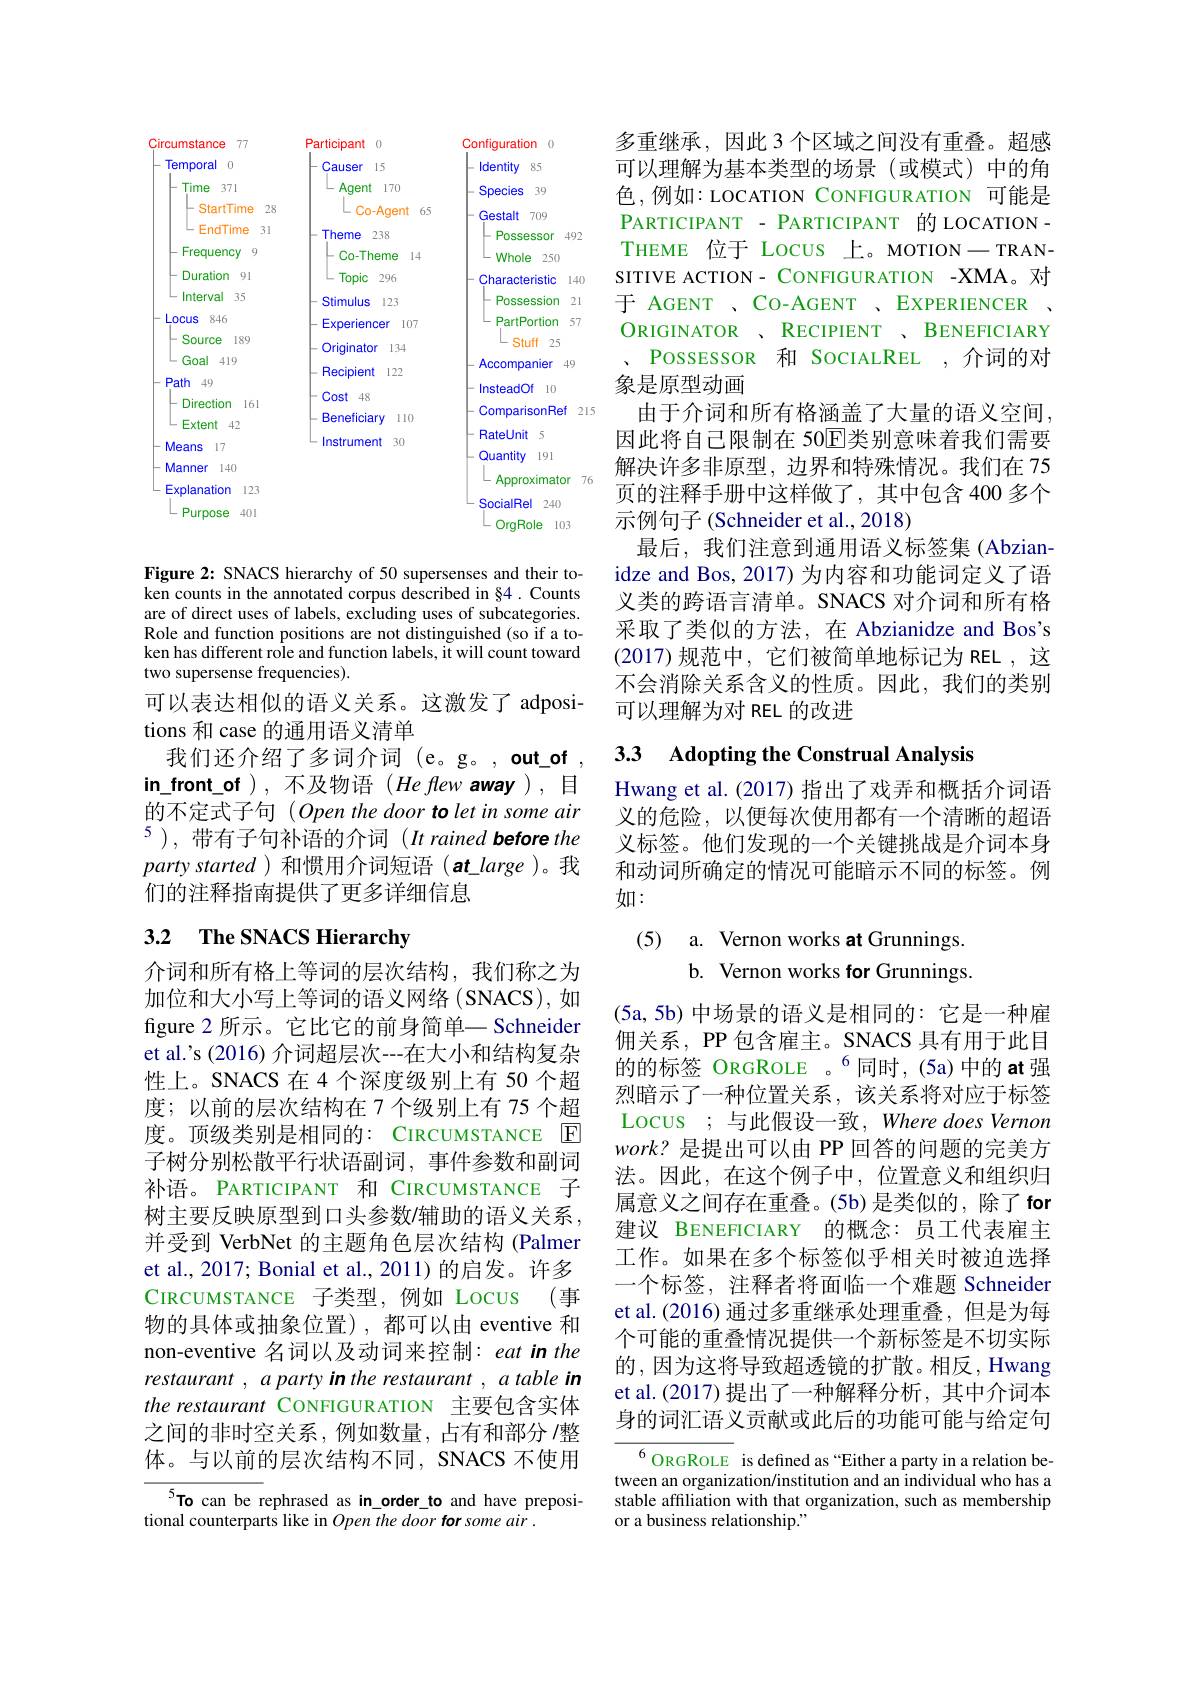
<FigureHere>

Figure 2: SNACS hierarchy of 50 supersenses and their token counts in the annotated corpus described in §4 . Counts are of direct uses of labels, excluding uses of subcategories. Role and function positions are not distinguished (so if a token has different role and function labels, it will count toward two supersense frequencies).
可以表达相似的语义关系。这激发了 adposi-
tions 和 case 的通用语义清单
我们还介绍了多词介词 (e。g。,out\_of , in\_front\_of ),不及物语(He flew away),目的不定式子句 (Open the door to let in some air $^{5})$,带有子句补语的介词(It rained before the partystarted )和惯用介词短语$(at\_large$ )。我们的注释指南提供了更多详细信息

# 3.2 The SNACS Hierarchy

介词和所有格上等词的层次结构，我们称之为加位和大小写上等词的语义网络(SNACS),如figure 2 所示。它比它的前身简单一 Schneider et al.'s (2016) 介词超层次---在大小和结构复杂性上。SNACS 在4个深度级别上有 50 个超度；以前的层次结构在 7 个级别上有 75 个超度。顶级类别是相同的：CIRCUMSTANCE E 子树分别松散平行状语副词，事件参数和副词补语。PARTICIPANT 和 CIRCUMSTANCE 子树主要反映原型到口头参数/辅助的语义关系并受到 VerbNet 的主题角色层次结构 (Palmer et al., 2017; Bonial et al., 2011) 的启发。许多CIRCUMSTANCE 子类型，例如 Locus (事物的具体或抽象位置),都可以由 eventive 和non-eventive 名词以及动词来控制：eat in the restaurant , a party in the restaurant , a table in the restaurant CONFIGURATION 主要包含实体之间的非时空关系，例如数量，占有和部分 /整体。与以前的层次结构不同，SNACS 不使用

$^{5}$To can be rephrased as in\_order\_to and have preposi-
tional counterparts like in Open the door for some air .

多重继承，因此 3 个区域之间没有重叠。超感可以理解为基本类型的场景(或模式)中的角色，例如：LOCATION CONFIGURATION 可能是PARTICIPANT - PARTICIPANT 的 LOCATION - THEME 位于 Locus 上。MOTION—TRANSITIVE ACTION- CONFIGURATION -XMA。对于 AGENT 、CO-AGENT 、EXPERIENCER ORIGINATOR 、RECIPIENT 、BENEFICIARY
Possesson 和 SocIALREL ,介词的对
象是原型动画
由于介词和所有格涵盖了大量的语义空间因此将自己限制在 50回类别意味着我们需要解决许多非原型，边界和特殊情况。我们在 75页的注释手册中这样做了，其中包含 400 多个示例句子(Schneider et al.,2018)
最后，我们注意到通用语义标签集(Abzianidze and Bos, 2017) 为内容和功能词定义了语义类的跨语言清单。SNACS 对介词和所有格采取了类似的方法，在 Abzianidze and Bos's (2017)规范中，它们被简单地标记为 REL,这不会消除关系含义的性质。因此，我们的类别可以理解为对 REL 的改进

## 3.3 Adopting the Construal Analysis

Hwang et al. (2017) 指出了戏弄和概括介词语义的危险，以便每次使用都有一个清晰的超语义标签。他们发现的一个关键挑战是介词本身和动词所确定的情况可能暗示不同的标签。例如：

(5) a. Vernon works at Grunnings.
b. Vernon works for Grunnings.

(5a,5b)中场景的语义是相同的：它是一种雇佣关系，PP 包含雇主。SNACS 具有用于此目的的标签 ORGROLE 。$^{6}$同时，(5a)中的at强烈暗示了一种位置关系，该关系将对应于标签Locus ; 与此假设一致，Where does Vernon $work?$是提出可以由 PP 回答的问题的完美方法。因此，在这个例子中，位置意义和组织归属意义之间存在重叠。(5b)是类似的，除了for 建议 BENEFICIARY 的概念：员工代表雇主工作。如果在多个标签似乎相关时被迫选择一个标签，注释者将面临一个难题 Schneider et al.(2016) 通过多重继承处理重叠，但是为每个可能的重叠情况提供一个新标签是不切实际的，因为这将导致超透镜的扩散。相反，Hwang et al.(2017) 提出了一种解释分析，其中介词本身的词汇语义贡献或此后的功能可能与给定句${^{6}\mathrm{ORGROLE}}$ is defined as“Either a party in a relation be-

tween an organization/institution and an individual who has a stable affiliation with that organization, such as membership or a business relationship."